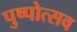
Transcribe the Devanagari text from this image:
पुष्पोत्सव